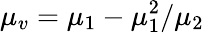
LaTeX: \mu_{v}=\mu_{1}-\mu_{1}^{2}/\mu_{2}